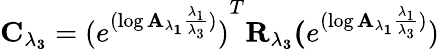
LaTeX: \mathbf{C_{\lambda_{3}}}={(e^{(\log\mathbf{{A_{\lambda_{1}}}}\frac{\lambda_{1}}{\lambda_{3}})})}^{T}\mathbf{R_{\lambda_{3}}}\mathbf(e^{(\log\mathbf{{A_{\lambda_{1}}}}\frac{\lambda_{1}}{\lambda_{3}})})